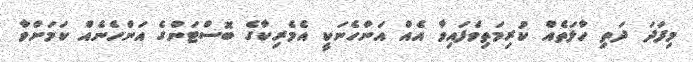
މިފަދަ ދަތި ހާލަތެއް ކުރިމަތިވެފައިވާ އެއް އަންހެނަކީ އެމެރިކާގެ ބޮސްޓަންގެ އަންހެނެއް ކަމަށްވާ